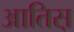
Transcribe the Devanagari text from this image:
आतिस़